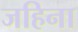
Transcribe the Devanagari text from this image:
जहिना